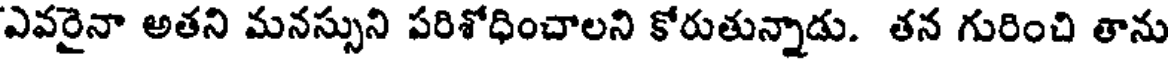
ఎవరైనా అతని మనస్సుని పరిశోధించాలని కోరుతున్నాడు. తన గురించి తాను